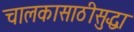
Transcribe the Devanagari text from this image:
चालकासाठीसुद्धा